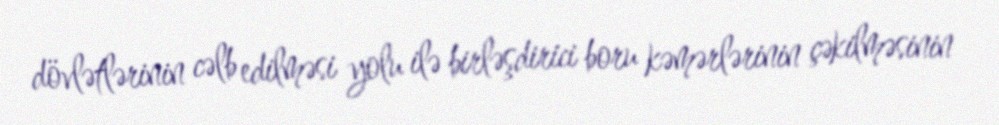
dövlətlərinin cəlb edilməsi yolu ilə birləşdirici boru kəmərlərinin çəkilməsinin